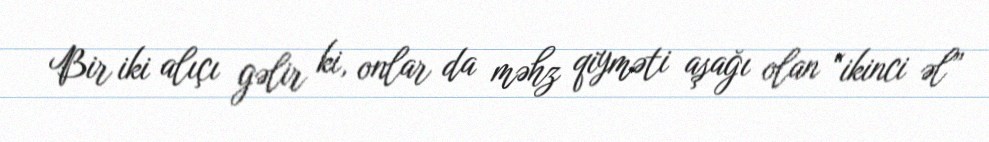
Bir iki alıçı gəlir ki, onlar da məhz qiyməti aşağı olan “ikinci əl”